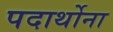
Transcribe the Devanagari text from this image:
पदार्थोना